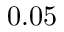
0 . 0 5